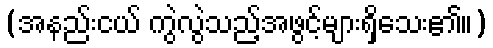
(အနည်းငယ် ကွဲလွဲသည့်အဖွင့်များရှိသေး၏။)